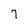
Character: 7